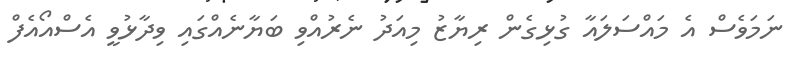
ނަމަވެސް އެ މައްސަލައާ ގުޅިގެން ރިޔާޒު މިއަދު ނެރުއްވި ބަޔާނެއްގައި ވިދާޅުވީ އެސްއޯއެފް